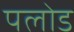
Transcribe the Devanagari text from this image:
पलोड